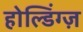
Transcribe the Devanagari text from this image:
होल्डिंग्ज़